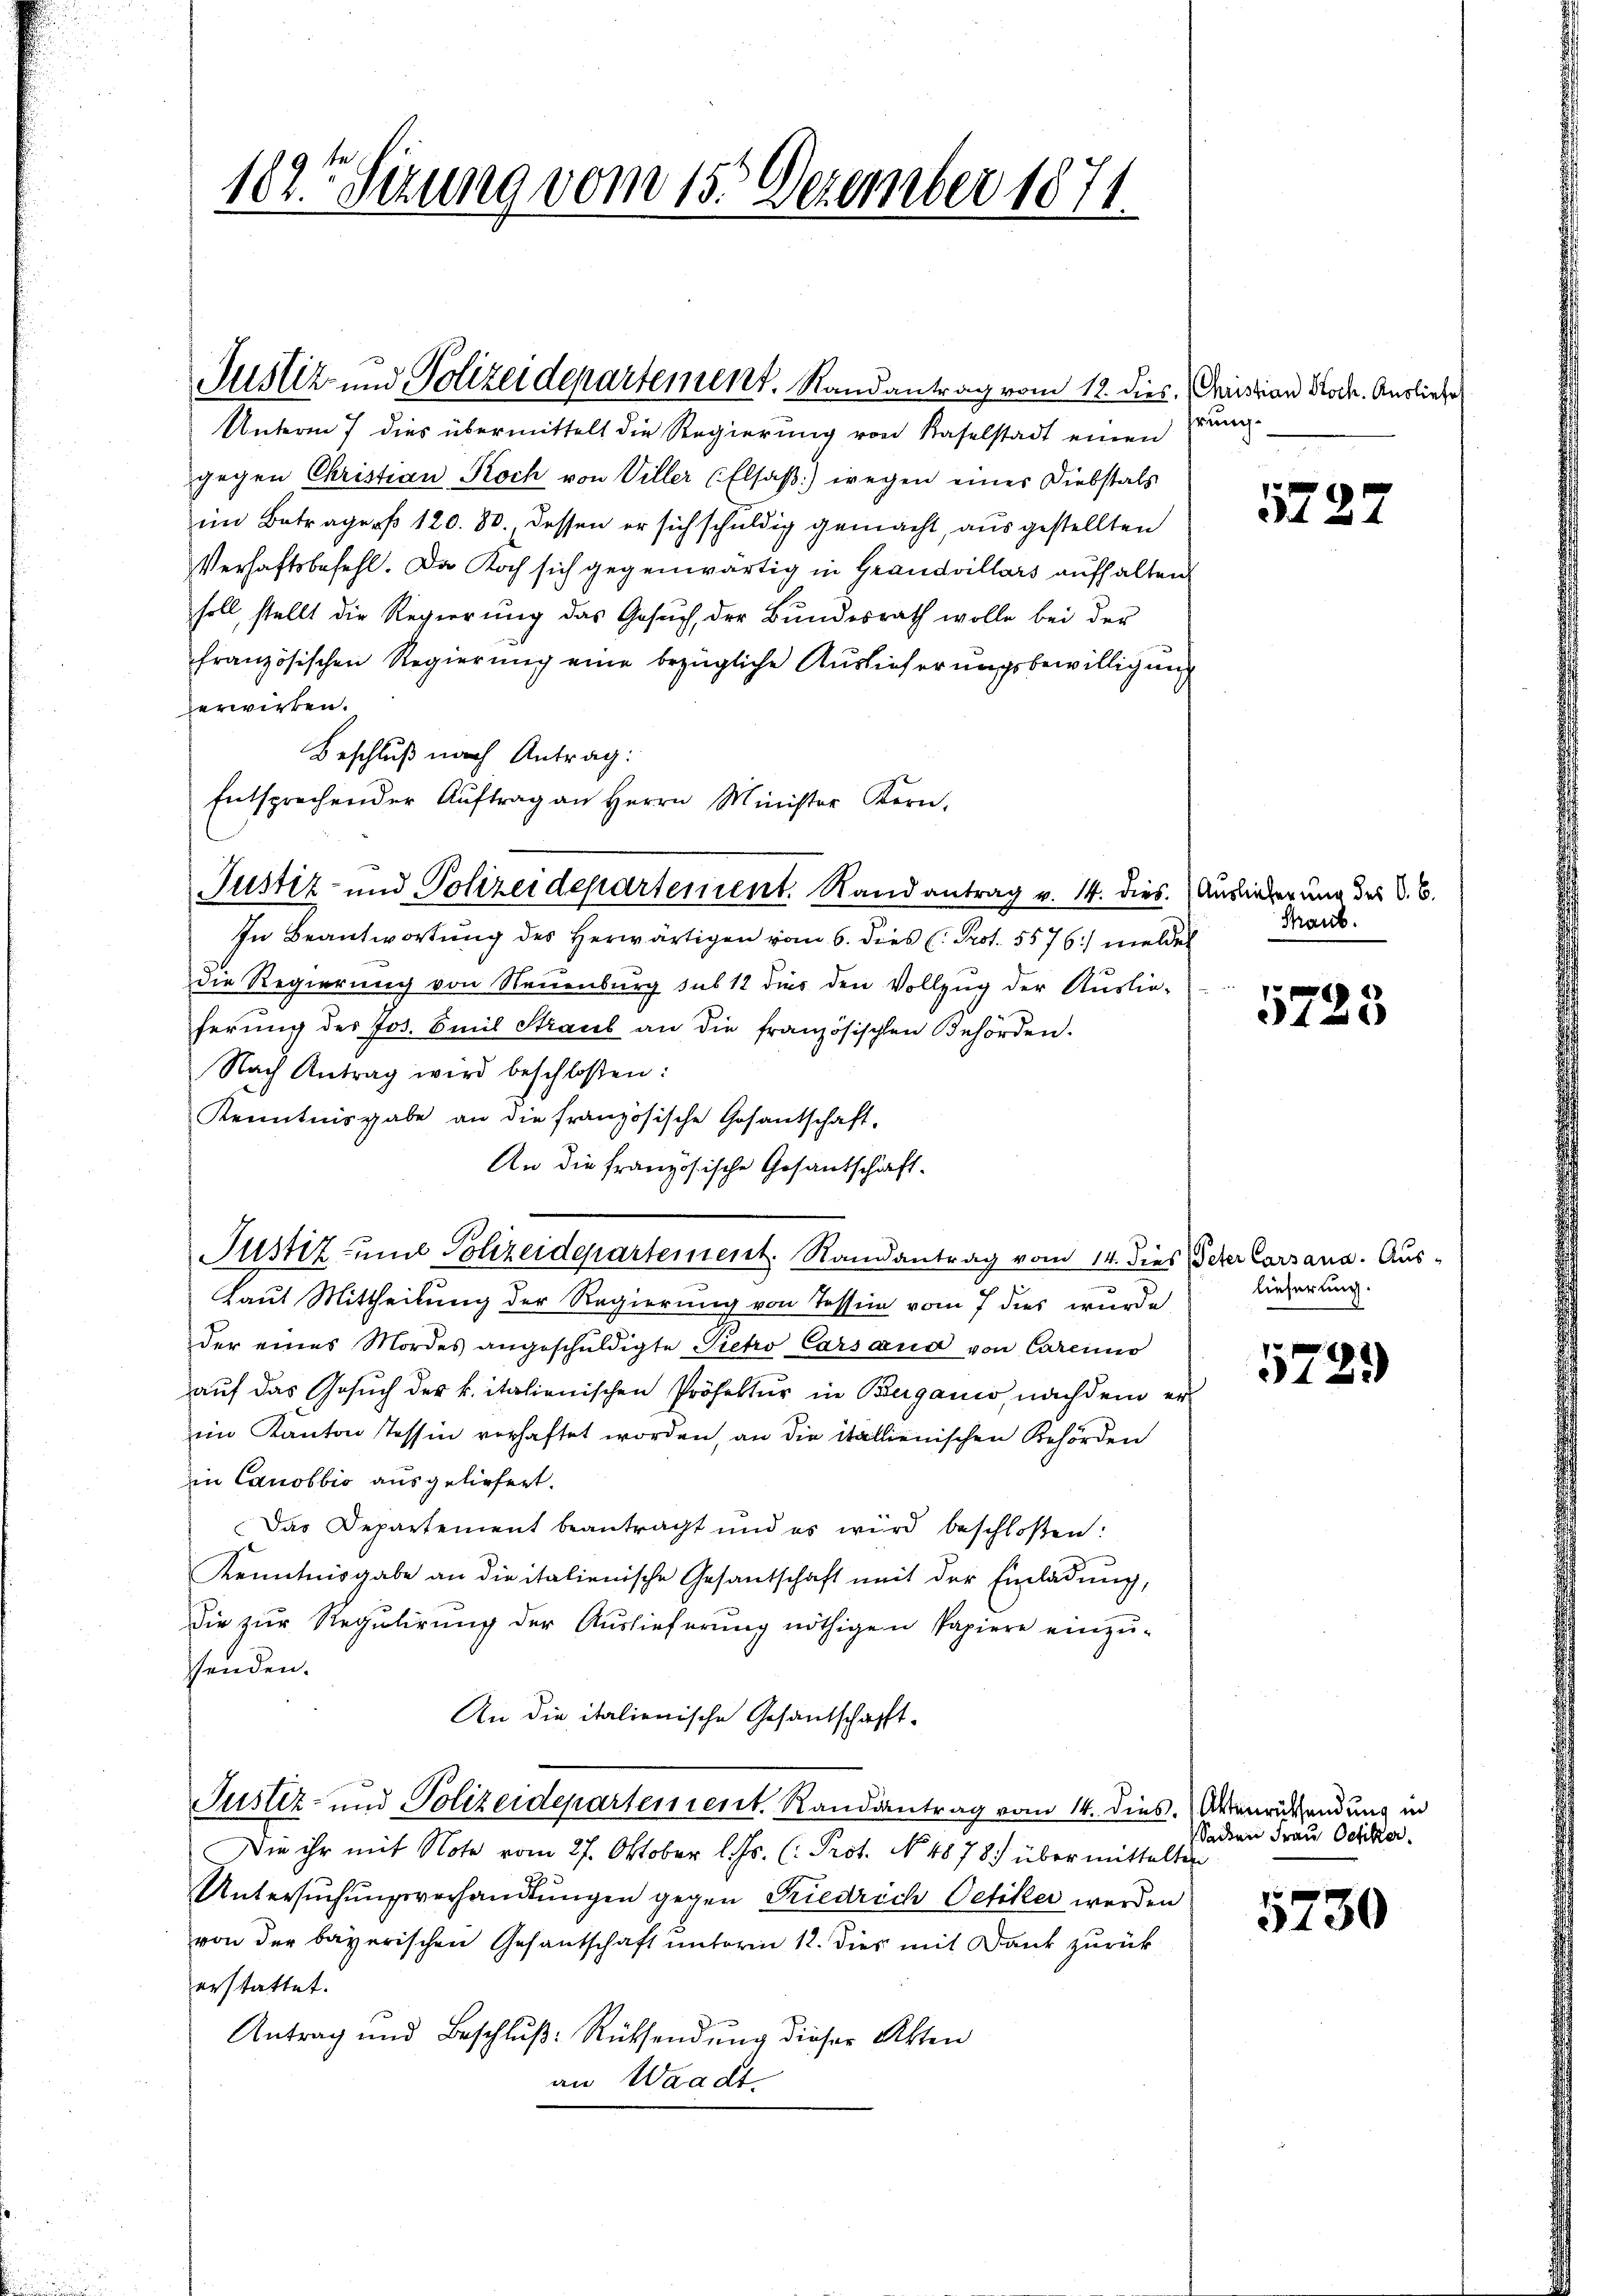
Justiz und Polizeidepartement, Randantrag vom 18. dies, (Christian Hoch. Ausliefe
Unterm 7 dies übermittelt die Regierung von Kaselstadt einen
gegen Christian Koch von Viller (Elsaß) wegen einer Diebstals
im Beträgers 120. 30. dessen er sich schuldig gemacht, ausgestellten
Verhaftsbefehl. Da Koch sich gegenwärtig in Grandvillars aufhalten
soll, stellt die Regierung das Gesŭch, der Bundesrath wolle bei der
französischen Regierung eine bezügliche Auslieferungsbewilligung
derwirken.
Beschluß nach Antrag:
Entsprechender Aŭftrag an Herrn Minister Kern,
In Beantwortung des Herwärtigen vom 6. dies (: Prof. 5576) melder
die Regierung von Neuenburg sub 12 dies den Vollzug der Auslie-
ferŭng der Jos. Emil Straub an die französischen Behörden.
Nach Antrag wird beschloßen:
Kenntnisgabe an die französische Gesantschaft-
An die französische Gesantschaft.
Justiz und Polizeidepartement. Randantrag vom 14. dies Scher Carsana. Aus-
Laut Mittheilung der Regierung von Tessin vom 7 dies wurde
der eines Mordes angeschŭldigte Pietro Carsana von Careinio
aŭf das Gesŭch der k. italienischen Prösektŭr in Berganis nachdem er-
im Kanton Tessin verhaftet worden, an die itallienischen Behörden
in Canobbio ausgeliefert.
Das Departement beantragt und es wird beschloßen:
Kenntnisgabe an die italienische Gesantschaft mit der Einladung,
die zur Regulirung der Auslieferung nöthigen Papiere einzu-
senden.
An die italienische Gesandschafft.
Justiz- und Polizeidepartement. Randantrag vom 14. dies. Abenrücksendung in
Die ihr mit Note vom 27. Oktober l. Js. (: Prot. No. 4878. über mittelten
Untersuchungsverhandlungen gegen Friedrich Oetiker werden
von der bayerischen Gesantschaft unterm 12. dies mit Dank zurückerstattet.
Antrag und Beschlŭβ: Rücksendung dieser Akten
an Waadt.

182 Sizung vom 15. Dezember 1874.

Justiz- und Polizeidepartement. Randantrag v. 14. dies. Ausiederung des V. C.

hrung.

5727

Thant.

5725

lieferung.

5729)

Sachen Frau Oetiker.

5730